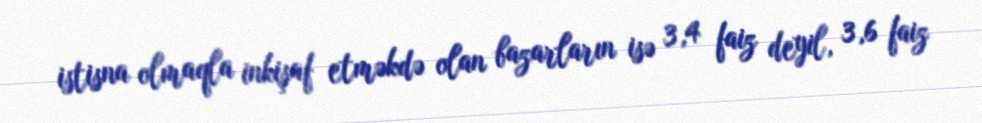
istisna olmaqla inkişaf etməkdə olan bazarların isə 3,4 faiz deyil, 3,6 faiz